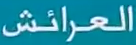
العرائش